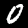
Digit: 0